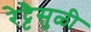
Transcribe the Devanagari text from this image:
रेट्टैसुळी